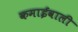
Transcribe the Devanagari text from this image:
कमाईवाली